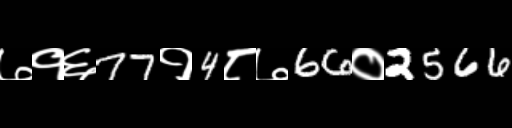
Text: ७१६77१4८७66०2566